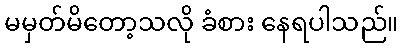
မမှတ်မိတော့သလို ခံစား နေရပါသည်။